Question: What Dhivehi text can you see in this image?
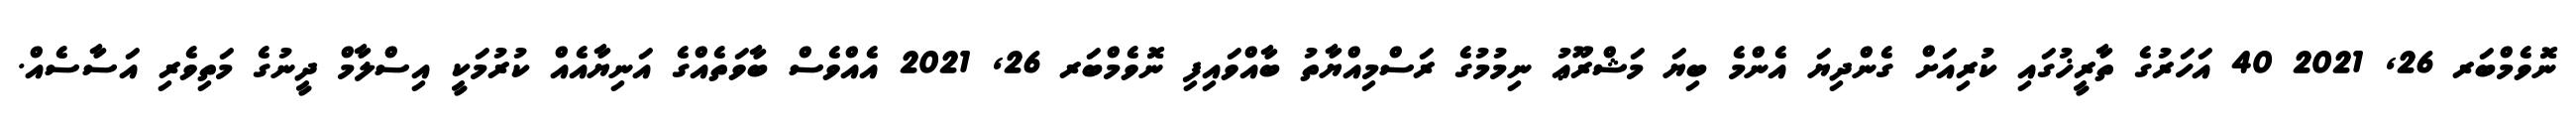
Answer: ނޮވެމްބަރ 26, 2021 40 އަހަރުގެ ތާރީޚުގައި ކުރިއަށް ގެންދިޔަ އެންމެ ބިޔަ މަޝްރޫޢު ނިމުމުގެ ރަސްމިއްޔާތު ބާއްވައިފި ނޮވެމްބަރ 26, 2021 އެއްވެސް ބާވަތެއްގެ އަނިޔާއެއް ކުރުމަކީ އިސްލާމް ދީނުގެ މަތިވެރި އަސާސެއް.